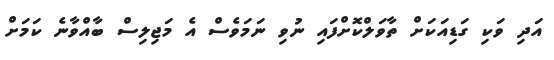
އަދި ވަކި ގަޑިއަކަށް ތާވަލްކޮށްފައި ނުވި ނަމަވެސް އެ މަޖިލިސް ބާއްވާނެ ކަމަށް